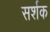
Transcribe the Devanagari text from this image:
सर्शक